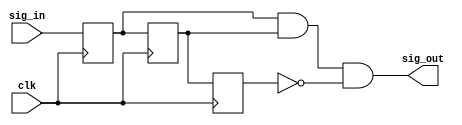
`timescale 1ns / 1ps
//////////////////////////////////////////////////////////////////////////////////
// Company: 
// Engineer: 
// 
// Design Name: 
// Module Name: debounce
// Project Name: 
// Target Devices: 
// Tool Versions: 
// Description: 
// 
// Dependencies: 
// 
// Revision:
// Revision 0.01 - File Created
// Additional Comments:
// 
//////////////////////////////////////////////////////////////////////////////////


module debounce(
    input clk,
    input  sig_in,
    output sig_out
    );

	reg q1;
	reg q2;
	reg q3;
	
	always @ (posedge clk)
	begin
		q1 <= sig_in;
		q2 <= q1;
		q3 <= q2;
	end
	
	assign sig_out = q1 & q2 & (!q3);
	
endmodule